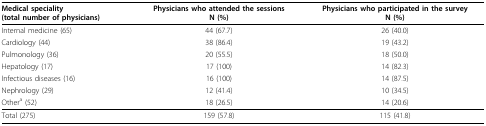
<table><thead><tr><td><b>Medical speciality(total number of physicians)</b></td><td><b>Physicians who attended the sessionsN (%)</b></td><td><b>Physicians who participated in the surveyN (%)</b></td></tr></thead><tbody><tr><td>Internal medicine (65)</td><td>44 (67.7)</td><td>26 (40.0)</td></tr><tr><td>Cardiology (44)</td><td>38 (86.4)</td><td>19 (43.2)</td></tr><tr><td>Pulmonology (36)</td><td>20 (55.5)</td><td>18 (50.0)</td></tr><tr><td>Hepatology (17)</td><td>17 (100)</td><td>14 (82.3)</td></tr><tr><td>Infectious diseases (16)</td><td>16 (100)</td><td>14 (87.5)</td></tr><tr><td>Nephrology (29)</td><td>12 (41.4)</td><td>10 (34.5)</td></tr><tr><td>Other<sup>a </sup>(52)</td><td>18 (26.5)</td><td>14 (20.6)</td></tr><tr><td>Total (275)</td><td>159 (57.8)</td><td>115 (41.8)</td></tr></tbody></table>